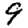
Digit: 9